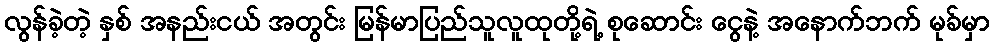
လွန်ခဲ့တဲ့ နှစ် အနည်းငယ် အတွင်း မြန်မာပြည်သူလူထုတို့ရဲ့ စုဆောင်း ငွေနဲ့ အနောက်ဘက် မုခ်မှာ